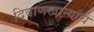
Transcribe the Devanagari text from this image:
दिवाणखान्यांचे